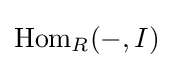
{\textrm {Hom}}_{R}(-,I)